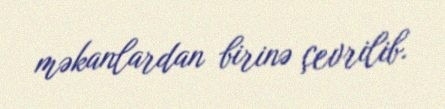
məkanlardan birinə çevrilib.